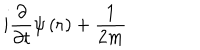
LaTeX: i \frac { \partial } { \partial t } \psi \left( \mathbf { r } \right) + \frac { 1 } { 2 m }